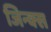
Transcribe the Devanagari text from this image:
जिन्क्स